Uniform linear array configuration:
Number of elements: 12
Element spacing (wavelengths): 0.25
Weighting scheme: cosine
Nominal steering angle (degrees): -45
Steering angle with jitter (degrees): -43.41
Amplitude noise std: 0.05
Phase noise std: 0.05

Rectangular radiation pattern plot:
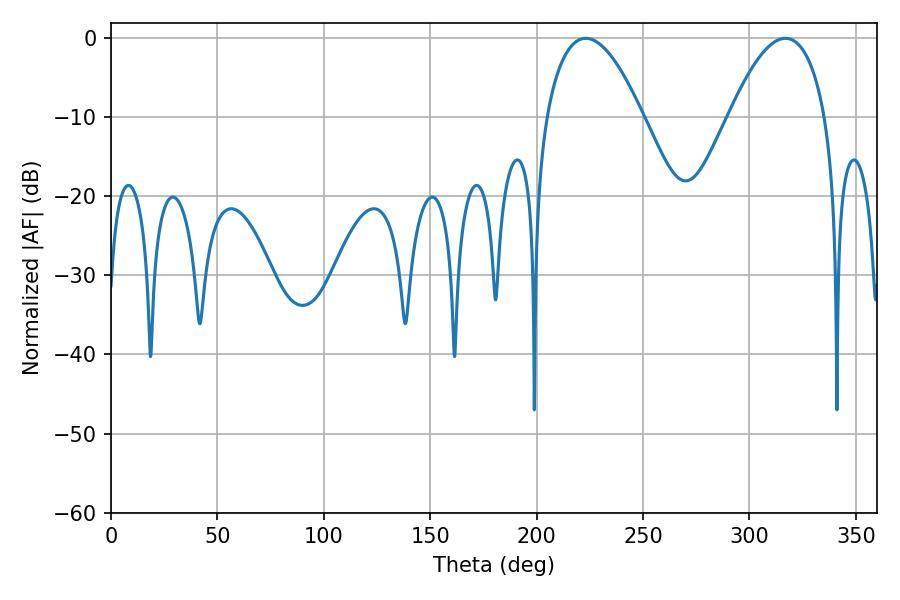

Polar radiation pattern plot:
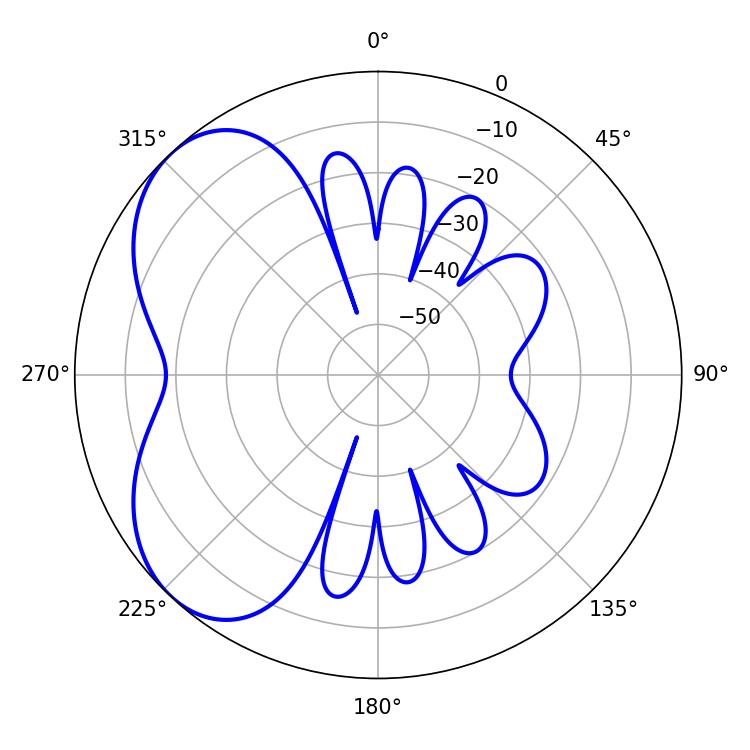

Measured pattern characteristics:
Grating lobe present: FALSE
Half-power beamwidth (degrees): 25.02
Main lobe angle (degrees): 223.02